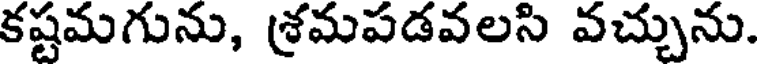
కష్టమగును, శ్రమపడవలసి వచ్చును.